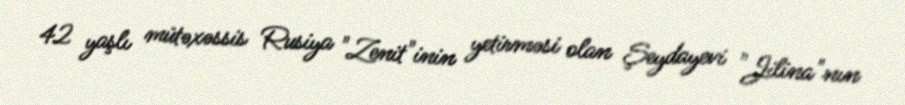
42 yaşlı mütəxəssis Rusiya "Zenit"inin yetirməsi olan Şeydayevi "Jilina"nın